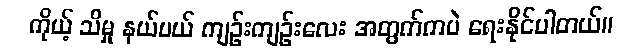
ကိုယ့် သိမှု နယ်ပယ် ကျဉ်းကျဉ်းလေး အတွက်ကပဲ ရေးနိုင်ပါတယ်။